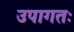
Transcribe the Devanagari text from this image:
उपागतः